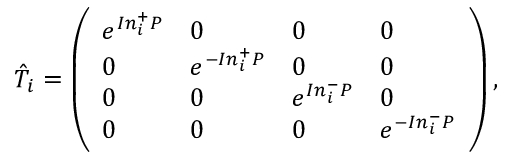
\begin{array} { r } { \hat { T } _ { i } = \left( \begin{array} { l l l l } { e ^ { I n _ { i } ^ { + } P } } & { 0 } & { 0 } & { 0 } \\ { 0 } & { e ^ { - I n _ { i } ^ { + } P } } & { 0 } & { 0 } \\ { 0 } & { 0 } & { e ^ { I n _ { i } ^ { - } P } } & { 0 } \\ { 0 } & { 0 } & { 0 } & { e ^ { - I n _ { i } ^ { - } P } } \end{array} \right) , } \end{array}